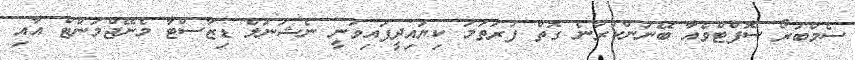
ސެމްބުރޯ ސޮފްޓްވެއާ ބޭނުންކުރާނެ ގޮތް ފުރަތަމަ ކިޔައިދީފައިވަނީ ނެޝަނަލް ޑިޒާސްޓާ މެނޭޖްމަންޓް އާއި